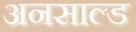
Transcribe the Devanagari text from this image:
अनसाल्ड